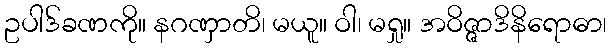
ဥပါဒ်ခဏကို။ နဂဏှာတိ၊ မယူ။ ဝါ၊ မရှု။ အဝိဇ္ဇာဒိနိရောဓာ၊